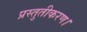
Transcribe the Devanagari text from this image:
प्रस्तुतीकरण।